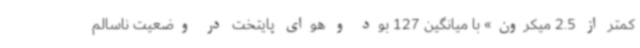
کمتر از 2.5 میکرون» با میانگین 127 بود و هوای پایتخت در وضعیت ناسالم